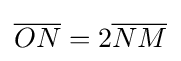
{\overline {ON}}=2{\overline {NM}}